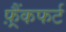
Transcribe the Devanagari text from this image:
फ़्रैंकफर्ट